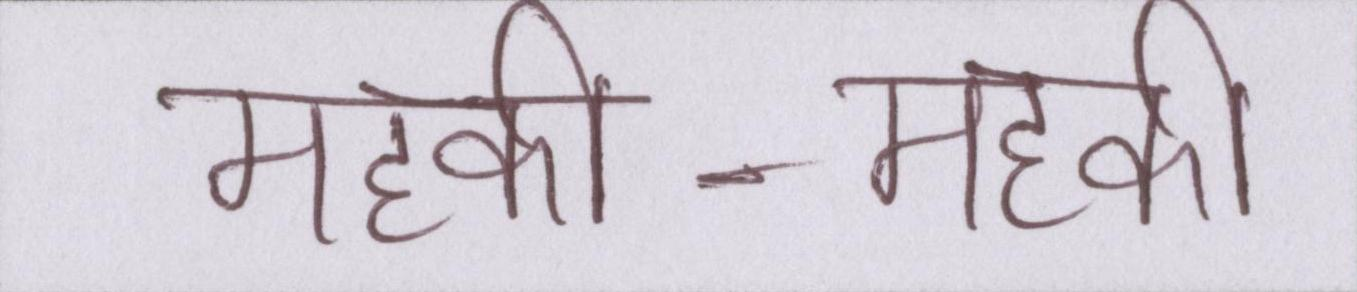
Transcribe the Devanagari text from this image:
महकी-महकी